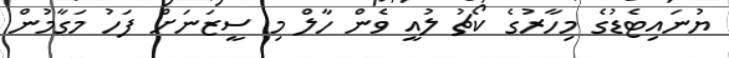
ޔުނައިޓެޑުގެ މިހާރުގެ ކޯޗު ލުއީ ވެން ހާލް މި ސީޒަނަށް ފަހު މަގާމުން